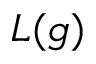
L ( g )